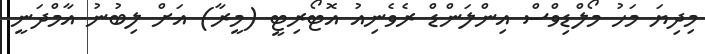
މިދިޔަ މަހު މޯލްޑިވްސް އިންލަންޑް ރެވެނިއު އޮޓޯރިޓީ (މީރާ) އަށް ލިބުނު އާމްދަނީ